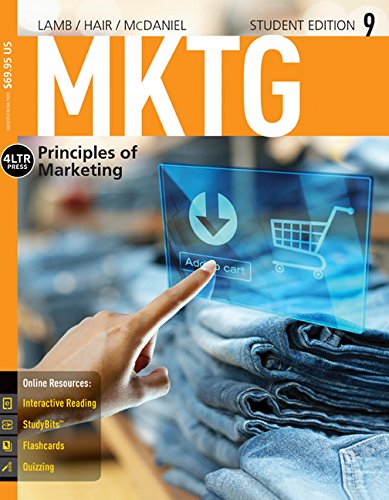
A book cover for MKTG (with Online, 1 term (6 months) Printed Access Card) (New, Engaging Titles from 4LTR Press); Charles W. Lamb; Business & Money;